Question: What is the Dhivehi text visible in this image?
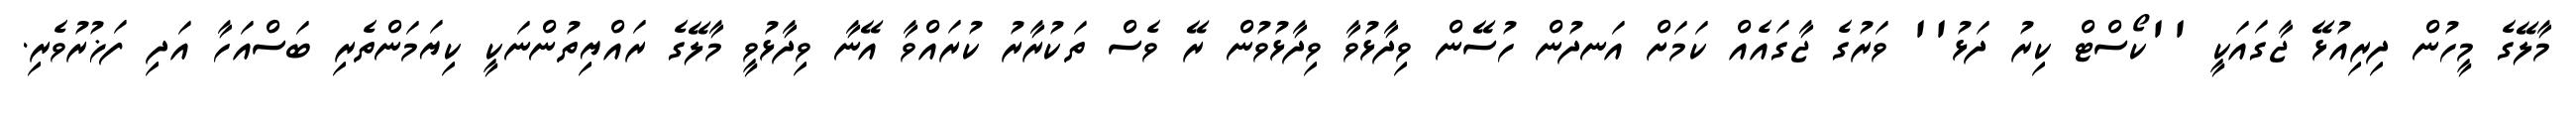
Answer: މާލޭގެ މީހުން ދިރިއުޅޭ ޖާގައަކީ ''ކޯސްޓް ކިރު ދަޅު'' ވަރުގެ ޖާގައެއް ކަމަށް އަނދުން ހުސޭން ވިދާޅުވާ ވިދާޅުވުން ރޭ ވެސް ތަކުރާރު ކުރައްވާ އޭނާ ވިދާޅުވީ މާލޭގެ ރައްޔިތުންނަކީ ކިޔަމަންތެރި ބަސްއަހާ އަދި ފަޚުރުވެރި.